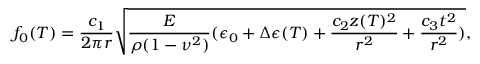
f _ { 0 } ( T ) = \frac { c _ { 1 } } { 2 \pi r } \sqrt { \frac { E } { \rho ( 1 - \nu ^ { 2 } ) } ( \epsilon _ { 0 } + \Delta \epsilon ( T ) + \frac { c _ { 2 } z ( T ) ^ { 2 } } { r ^ { 2 } } + \frac { c _ { 3 } t ^ { 2 } } { r ^ { 2 } } ) } ,